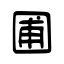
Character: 圃